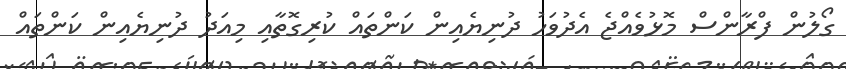
ގޯލުން ފްރާންސް މޮޅުވެއްޖެ އެދުވަހު ދުނިޔެއިން ކަންތައް ކުރިގޮތާއި މިއަދު ދުނިޔެއިން ކަންތައް